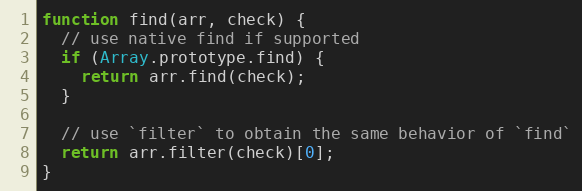
Language: JavaScript
function find(arr, check) {
  // use native find if supported
  if (Array.prototype.find) {
    return arr.find(check);
  }

  // use `filter` to obtain the same behavior of `find`
  return arr.filter(check)[0];
}